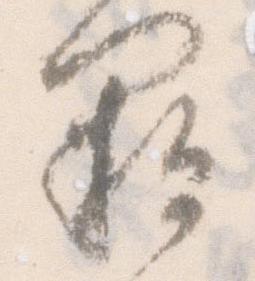
欠